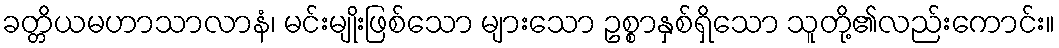
ခတ္တိယမဟာသာလာနံ၊ မင်းမျိုးဖြစ်သော များသော ဥစ္စာနှစ်ရှိသော သူတို့၏လည်းကောင်း။